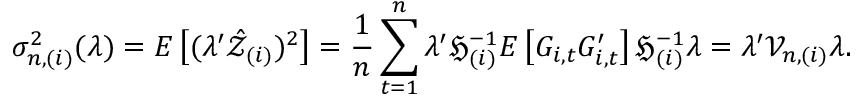
\sigma _ { n , ( i ) } ^ { 2 } ( \lambda ) = E \left[ ( \lambda ^ { \prime } \mathcal { \hat { Z } } _ { ( i ) } ) ^ { 2 } \right] = \frac { 1 } { n } \sum _ { t = 1 } ^ { n } \lambda ^ { \prime } \mathfrak { H } _ { ( i ) } ^ { - 1 } E \left[ G _ { i , t } G _ { i , t } ^ { \prime } \right] \mathfrak { H } _ { ( i ) } ^ { - 1 } \lambda = \lambda ^ { \prime } \mathcal { V } _ { n , ( i ) } \lambda .